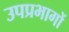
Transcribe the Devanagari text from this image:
उपप्रभागों